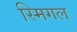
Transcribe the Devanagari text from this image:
स्मिगल